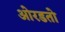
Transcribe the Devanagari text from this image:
ओरडतो